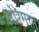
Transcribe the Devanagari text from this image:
ओरेगान